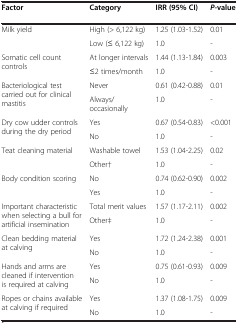
<table><thead><tr><td><b>Factor</b></td><td><b>Category</b></td><td><b>IRR (95% CI)</b></td><td><b><i>P-</i>value</b></td></tr></thead><tbody><tr><td rowspan="2">Milk yield</td><td>High (&gt; 6,122 kg)</td><td>1.25 (1.03-1.52)</td><td>0.01</td></tr><tr><td>Low (≤ 6,122 kg)</td><td>1.0</td><td>-</td></tr><tr><td rowspan="2">Somatic cell count controls</td><td>At longer intervals</td><td>1.44 (1.13-1.84)</td><td>0.003</td></tr><tr><td>≤2 times/month</td><td>1.0</td><td>-</td></tr><tr><td rowspan="2">Bacteriological test carried out for clinical mastitis</td><td>Never</td><td>0.61 (0.42-0.88)</td><td>0.01</td></tr><tr><td>Always/occasionally</td><td>1.0</td><td>-</td></tr><tr><td rowspan="2">Dry cow udder controls during the dry period</td><td>Yes</td><td>0.67 (0.54-0.83)</td><td>&lt;0.001</td></tr><tr><td>No</td><td>1.0</td><td>-</td></tr><tr><td rowspan="2">Teat cleaning material</td><td>Washable towel</td><td>1.53 (1.04-2.25)</td><td>0.02</td></tr><tr><td>Other†</td><td>1.0</td><td>-</td></tr><tr><td rowspan="2">Body condition scoring</td><td>No</td><td>0.74 (0.62-0.90)</td><td>0.002</td></tr><tr><td>Yes</td><td>1.0</td><td>-</td></tr><tr><td rowspan="2">Important characteristic when selecting a bull for artificial insemination</td><td>Total merit values</td><td>1.57 (1.17-2.11)</td><td>0.002</td></tr><tr><td>Other‡</td><td>1.0</td><td>-</td></tr><tr><td rowspan="2">Clean bedding material at calving</td><td>Yes</td><td>1.72 (1.24-2.38)</td><td>0.001</td></tr><tr><td>No</td><td>1.0</td><td>-</td></tr><tr><td rowspan="2">Hands and arms are cleaned if intervention is required at calving</td><td>Yes</td><td>0.75 (0.61-0.93)</td><td>0.009</td></tr><tr><td>No</td><td>1.0</td><td>-</td></tr><tr><td rowspan="2">Ropes or chains available at calving if required</td><td>Yes</td><td>1.37 (1.08-1.75)</td><td>0.009</td></tr><tr><td>No</td><td>1.0</td><td>-</td></tr></tbody></table>